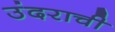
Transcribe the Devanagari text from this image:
उंदराची